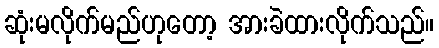
ဆုံးမလိုက်မည်ဟုတော့ အားခဲထားလိုက်သည်။